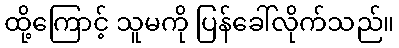
ထို့ကြောင့် သူမကို ပြန်ခေါ်လိုက်သည်။